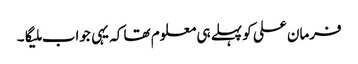
فرمان علی کو پہلے ہی معلوم تھا کہ یہی جواب ملیگا۔